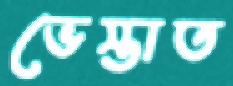
ভেস্তাত